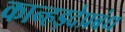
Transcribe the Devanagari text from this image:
कान्हड़देप्रबंध